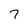
Character: 7